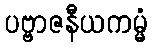
ပဗ္ဗာဇနီယကမ္မံ